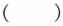
()